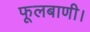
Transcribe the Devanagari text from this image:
फूलबाणी।